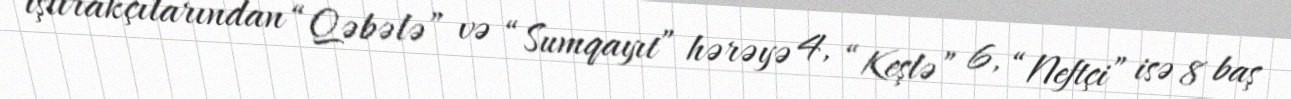
iştirakçılarından “Qəbələ” və “Sumqayıt” hərəyə 4, “Keşlə” 6, “Neftçi” isə 8 baş